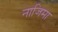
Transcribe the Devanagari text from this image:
नाजिमा